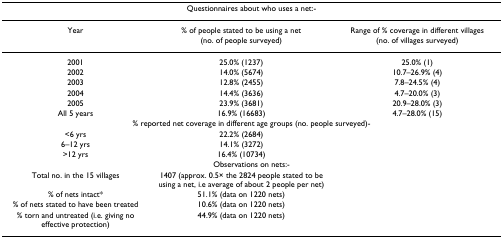
<table><thead><tr><td colspan="3"><b>Questionnaires about who uses a net:-</b></td></tr></thead><tbody><tr><td>Year</td><td>% of people stated to be using a net (no. of people surveyed)</td><td>Range of % coverage in different villages (no. of villages surveyed)</td></tr><tr><td>2001</td><td>25.0% (1237)</td><td>25.0% (1)</td></tr><tr><td>2002</td><td>14.0% (5674)</td><td>10.7–26.9% (4)</td></tr><tr><td>2003</td><td>12.8% (2455)</td><td>7.8–24.5% (4)</td></tr><tr><td>2004</td><td>14.4% (3636)</td><td>4.7–20.0% (3)</td></tr><tr><td>2005</td><td>23.9% (3681)</td><td>20.9–28.0% (3)</td></tr><tr><td>All 5 years</td><td>16.9% (16683)</td><td>4.7–28.0% (15)</td></tr><tr><td colspan="3">% reported net coverage in different age groups (no. people surveyed)-</td></tr><tr><td>&lt;6 yrs</td><td>22.2% (2684)</td><td></td></tr><tr><td>6–12 yrs</td><td>14.1% (3272)</td><td></td></tr><tr><td>&gt;12 yrs</td><td>16.4% (10734)</td><td></td></tr><tr><td colspan="3">Observations on nets:-</td></tr><tr><td>Total no. in the 15 villages</td><td>1407 (approx. 0.5× the 2824 people stated to be using a net, i.e average of about 2 people per net)</td><td></td></tr><tr><td>% of nets intact*</td><td>51.1% (data on 1220 nets)</td><td></td></tr><tr><td>% of nets stated to have been treated</td><td>10.6% (data on 1220 nets)</td><td></td></tr><tr><td>% torn and untreated (i.e. giving no effective protection)</td><td>44.9% (data on 1220 nets)</td><td></td></tr></tbody></table>